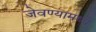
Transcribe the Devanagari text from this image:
जेवण्यामध्ये